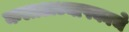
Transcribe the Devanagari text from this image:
कलाअध्यापकाचे